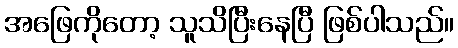
အဖြေကိုတော့ သူသိပြီးနေပြီ ဖြစ်ပါသည်။